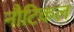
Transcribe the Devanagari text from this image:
नौटिकल